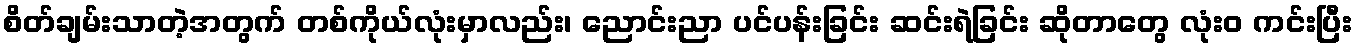
စိတ်ချမ်းသာတဲ့အတွက် တစ်ကိုယ်လုံးမှာလည်း၊ ညောင်းညာ ပင်ပန်းခြင်း ဆင်းရဲခြင်း ဆိုတာတွေ လုံးဝ ကင်းပြီး